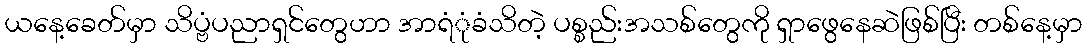
ယနေ့ခေတ်မှာ သိပ္ဗံပညာရှင်တွေဟာ အာရံုံခံသိတဲ့ ပစ္စည်းအသစ်တွေကို ရှာဖွေနေဆဲဖြစ်ပြီး တစ်နေ့မှာ